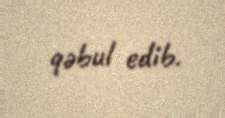
qəbul edib.